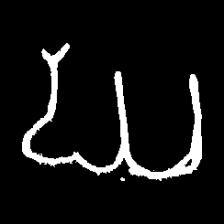
Pyu character \u2014 Myanmar letter: ဃ (romanized: gha)